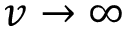
v \to \infty